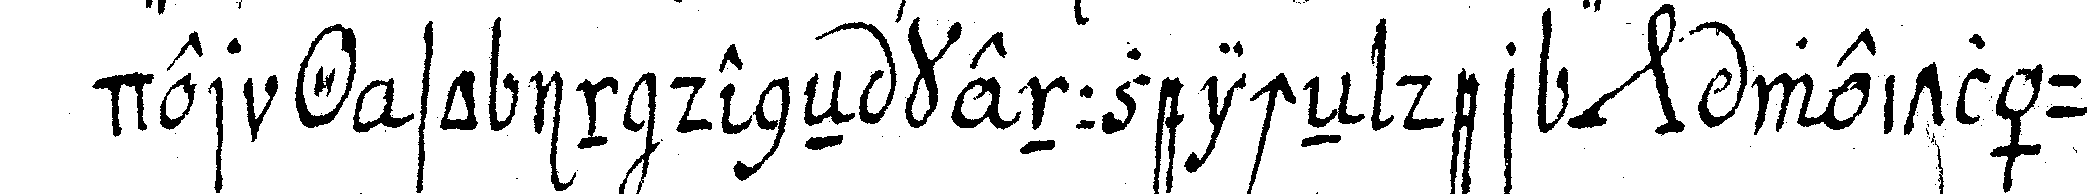
der *tri..* so in deneN kennzeicheN der *nee* weitläuff